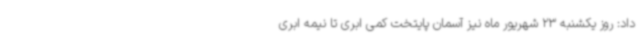
داد: روز یکشنبه 23 شهریور ماه نیز آسمان پایتخت کمی ابری تا نیمه ابری